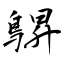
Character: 鵿